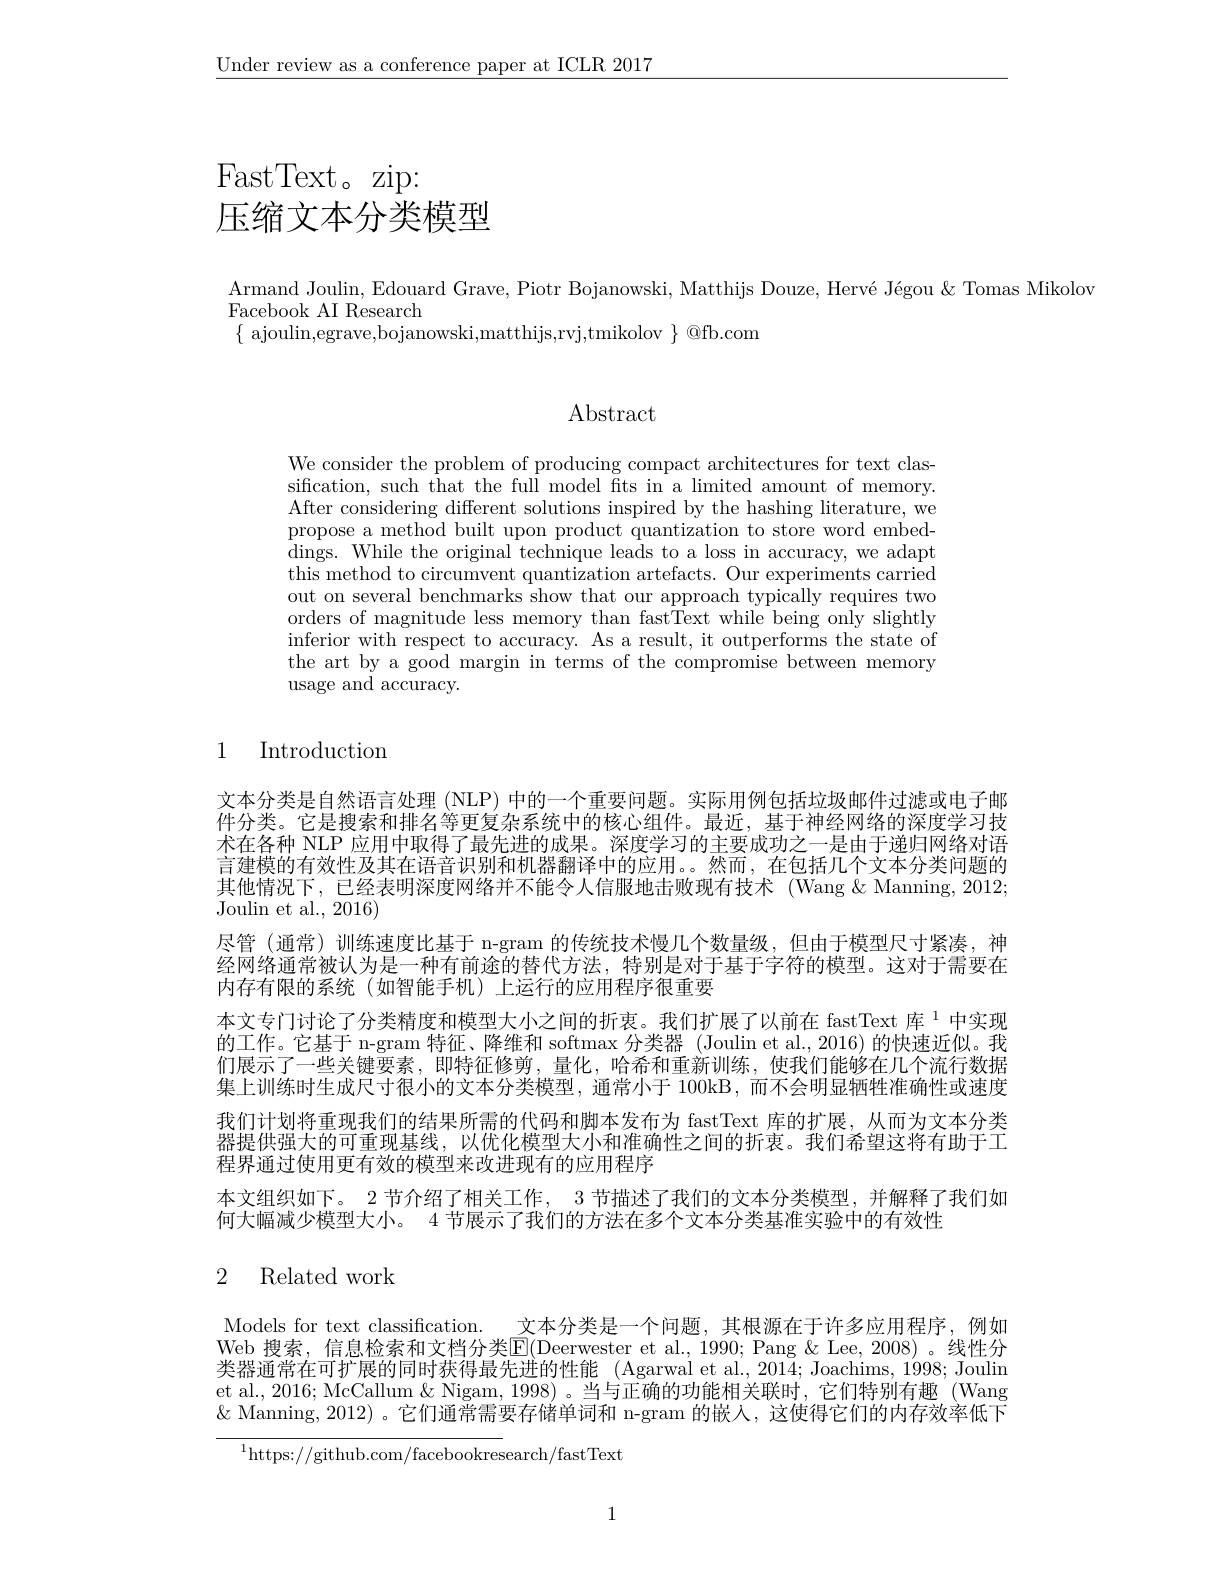
$\underline{\text{Under review as a conference paper at ICLR 2017}}$

# FastText。zip: 压缩文本分类模型

Armand Joulin, Edouard Grave, Piotr Bojanowski, Matthijs Douze, Hervé Jégou & Tomas Mikolov
# Facebook AI Research
$\{$ ajoulin,egrave,bojanowski,matthijs,rvj,tmikolov $\}$ @fb.com

$\operatorname{Abstract}$

We consider the problem of producing compact architectures for text classification, such that the full model fits in a limited amount of memory. After considering different solutions inspired by the hashing literature, we propose a method built upon product quantization to store word embeddings. While the original technique leads to a loss in accuracy, we adapt this method to circumvent quantization artefacts. Our experiments carried out on several benchmarks show that our approach typically requires two orders of magnitude less memory than fastText while being only slightly inferior with respect to accuracy. As a result, it outperforms the state of the art by a good margin in terms of the compromise between memory usage and accuracy.

1

Introduction

文本分类是自然语言处理 (NLP) 中的一个重要问题。实际用例包括垃圾邮件过滤或电子邮件分类。它是搜索和排名等更复杂系统中的核心组件。最近，基于神经网络的深度学习技术在各种 NLP 应用中取得了最先进的成果。深度学习的主要成功之一是由于递归网络对语言建模的有效性及其在语音识别和机器翻译中的应用。。然而，在包括几个文本分类问题的其他情况下，已经表明深度网络并不能令人信服地击败现有技术 (Wang &Manning, 2012; Joulin et al., 2016)
尽管 (通常) 训练速度比基于 n-gram 的传统技术慢几个数量级，但由于模型尺寸紧凑，神经网络通常被认为是一种有前途的替代方法，特别是对于基于字符的模型。这对于需要在内存有限的系统(如智能手机)上运行的应用程序很重要
本文专门讨论了分类精度和模型大小之间的折衷。我们扩展了以前在 fastText 库$^{1}$中实现的工作。它基于 n-gram 特征、降维和 softmax 分类器 (Joulin et al., 2016) 的快速近似。我们展示了一些关键要素，即特征修剪，量化，哈希和重新训练，使我们能够在几个流行数据集上训练时生成尺寸很小的文本分类模型，通常小于 100kB,而不会明显牺牲准确性或速度我们计划将重现我们的结果所需的代码和脚本发布为 fastText 库的扩展，从而为文本分类器提供强大的可重现基线，以优化模型大小和准确性之间的折衷。我们希望这将有助于工程界通过使用更有效的模型来改进现有的应用程序
本文组织如下。2 节介绍了相关工作，3 节描述了我们的文本分类模型，并解释了我们如
何大幅减少模型大小。4 节展示了我们的方法在多个文本分类基准实验中的有效性

## 2 Related work

Models for text classification. 文本分类是一个问题，其根源在于许多应用程序，例如Web 搜索，信息检索和文档分类E(Deerwester et al., 1990; Pang &Lee, 2008)。线性分类器通常在可扩展的同时获得最先进的性能 (Agarwal et al., 2014; Joachims, 1998; Joulin et al., 2016; McCallum & Nigam, 1998)。当与正确的功能相关联时，它们特别有趣 (Wang $\&$ Manning, 2012) 。它们通常需要存储单词和 n-gram 的嵌人，这使得它们的内存效率低下

$^{1}$https://github.com/facebookresearch/fastText

1